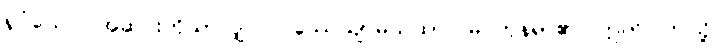
ရူပံယေဝ၊ အဆင်းကိုသာလျှင်။ ပဿေယျာမယထာ၊ မြင်ကုန်ရာ၏။ ဣတိ၊ ဤသို့။